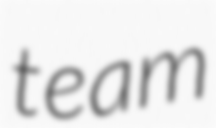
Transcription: team